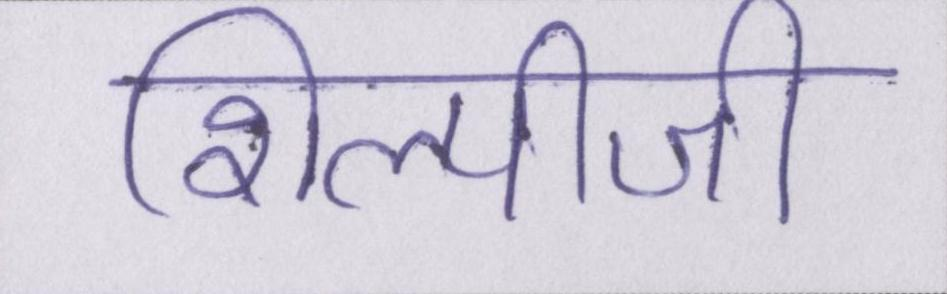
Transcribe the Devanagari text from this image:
शिल्पीजी